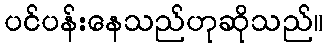
ပင်ပန်းနေသည်ဟုဆိုသည်။